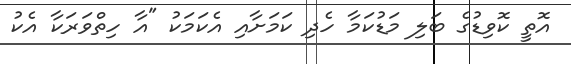
އޮތީ ކޮވިޑުގެ ބަލި މަޑުކަމާ ހެދި ކަމަށާއި އެކަމަކު "އާ ހިތްވަރަކާ އެކު